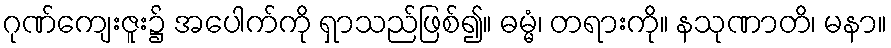
ဂုဏ်ကျေးဇူး၌ အပေါက်ကို ရှာသည်ဖြစ်၍။ ဓမ္မံ၊ တရားကို။ နသုဏာတိ၊ မနာ။